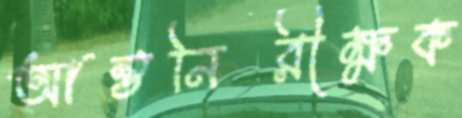
আন্তনিরীক্ষক